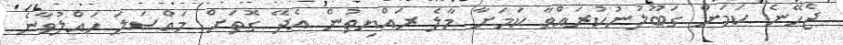
ޖެހޭނެ ކަމަށް ގަބޫލުނުކުރައްވާ ކަމަށާ މާލެ ރައްޔިތުން އެދޭ ގޮތަށް މައްސަލަ ހައްލުވާނެ